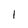
Character: 1